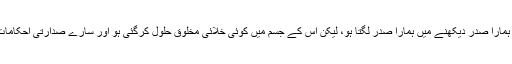
کہیں ایسا تو نہیں ہے کہ ہمارا صدر دیکھنے میں ہمارا صدر لگتا ہو، لیکن اس کے جسم میں کوئی خلائی مخلوق حلول کرگئی ہو اور سارے صدارتی احکامات وہی جاری کررہی ہو ؟